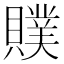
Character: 贌